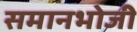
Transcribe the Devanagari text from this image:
समानभोजी